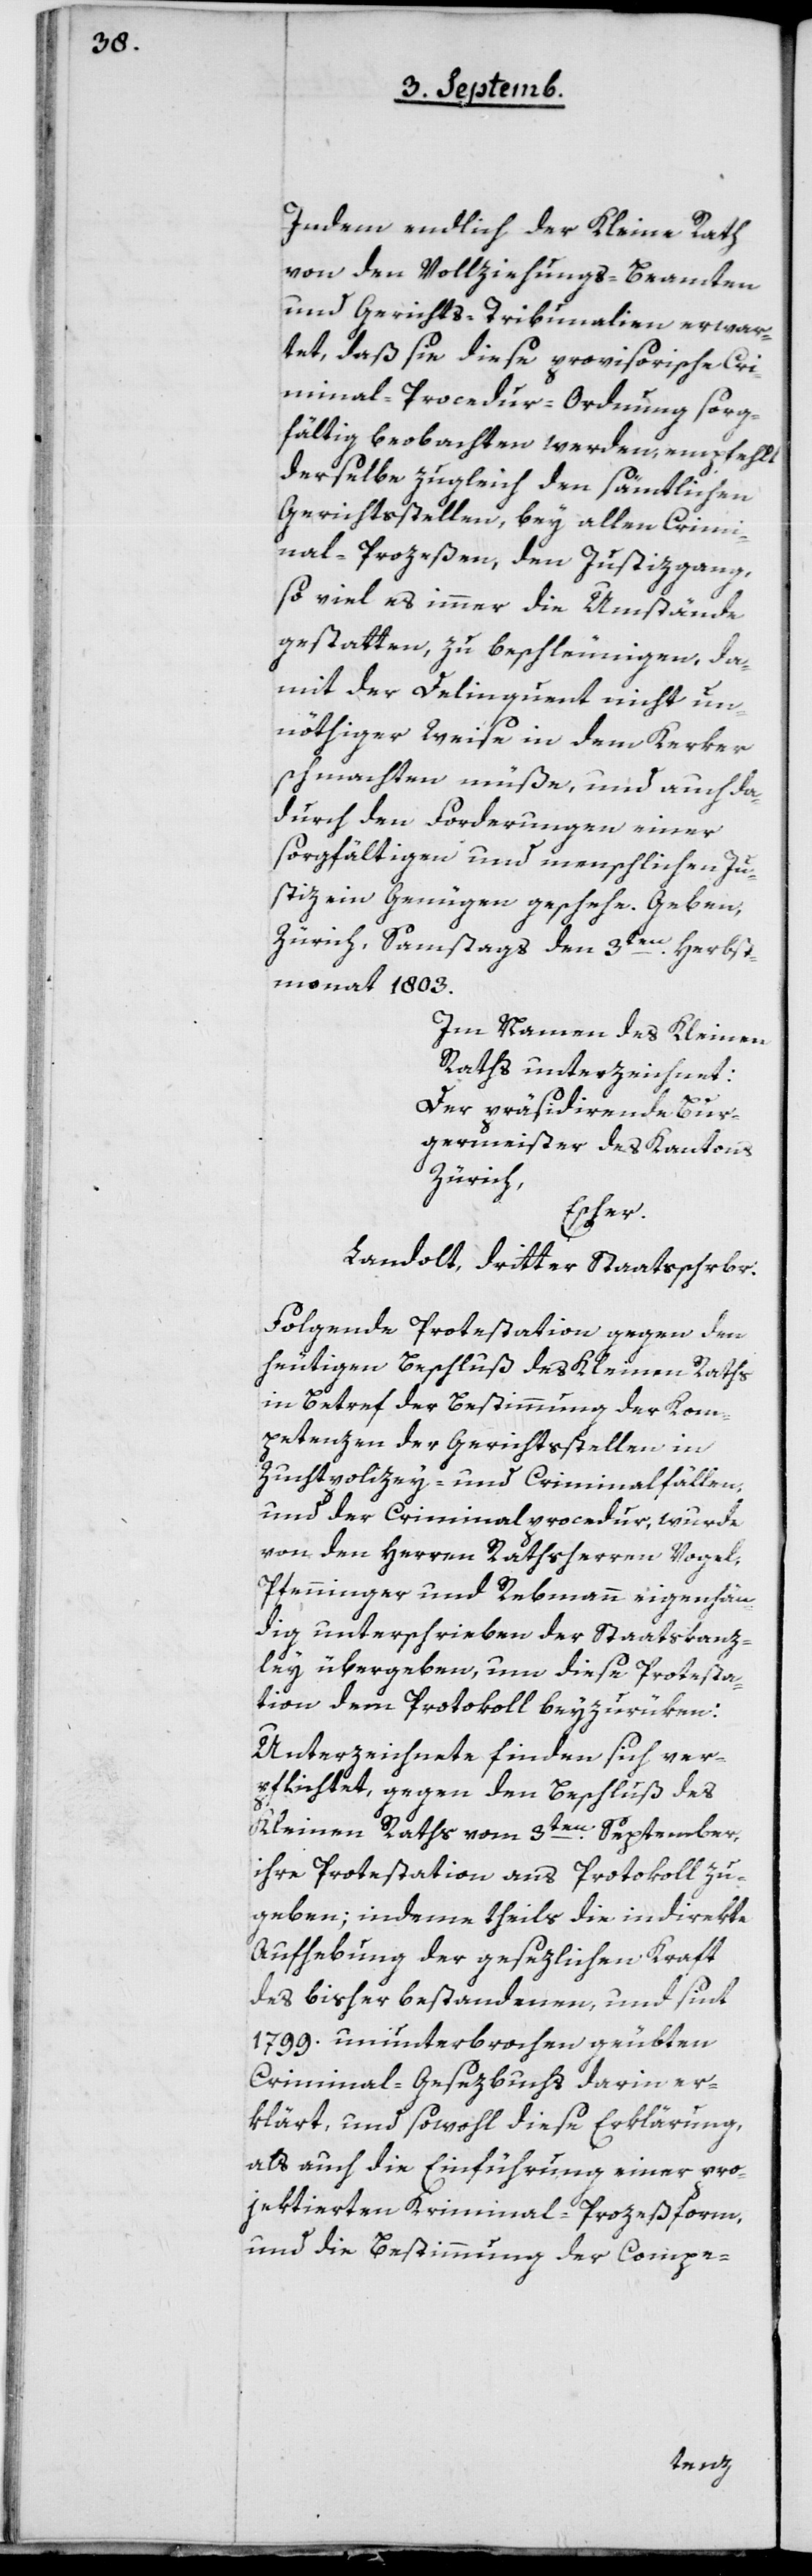
Indem endlich der Kleine Rath
von den Vollziehungsbeamten
und Gerichts-Tribunalien erwar¬
tet, daß sie diese provisorische Cri¬
minal-Procedur-Ordnung sorg¬
fältig beobachten werden, empfehlt
derselbe zugleich den sämtlichen
Gerichtsstellen, bey allen Crimi¬
nal-Prozeßen, den Justizgang,
so viel es immer die Umstände
gestatten, zu beschleunigen, da¬
mit der Delinquent nicht un¬
nöthiger Weise in dem Kerker
schmachten müße, und auch da¬
durch den Forderungen einer
sorgfältigen und menschlichen Ju¬
stiz ein Genügen geschehe.
Zürich, Samstag den 3ten Herbst¬
monat 1803.
Im Namen des kleinen
Raths unterzeichnet:
Der präsidierende Bur¬
germeister des Kantons
Zürich,
Escher.
Landolt, dritter Stattsschreiber.
Folgende Protestation gegen den
heutigen Beschluß des Kleinen Raths
in Betreff der Bestimmung der Kom¬
petenzen der Gerichtsstellen in
Zuchtpolizey- und Criminalfällen,
und der Criminalprocedur, wurde
von den Herren Rathsherren Vogel,
Pfenninger und Rebmann eigenhän¬
dig unterschrieben der Staatskanz¬
ley übergeben, um diese Protesta¬
tion dem Protokoll beizurücken:
Unterzeichnete finden sich ver¬
pflichtet, gegen den Beschluß des
Kleinen Raths vom 3ten September
ihre Protestation ans Protokoll zu
geben, indem theils die indirekte
Aufhebung der gesezlichen Kraft
des bisher bestandenen, und sint
1799 ununterbrochen geübten
Criminal-Gesezbuchs darin er¬
klärt, und sowohl diese Erklärung,
als auch die Einführung einer pro¬
jektierten Kriminal-Prozeßform,
und die Bestimmung der Compe-